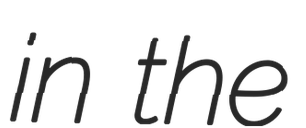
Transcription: in the